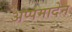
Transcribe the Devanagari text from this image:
अप्पमादेन